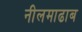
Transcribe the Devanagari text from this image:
नीलमाढाब